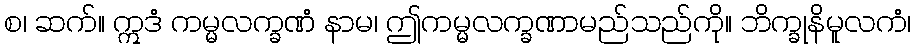
စ၊ ဆက်။ ဣဒံ ကမ္မလက္ခဏံ နာမ၊ ဤကမ္မလက္ခဏာမည်သည်ကို။ ဘိက္ခုနိမူလကံ၊